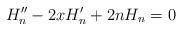
LaTeX: \begin{align*} H_n''-2xH_n'+2nH_n=0 \end{align*}